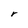
Character: r